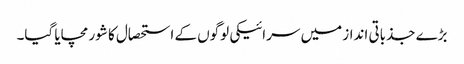
بڑے جذباتی انداز میں سرائیکی لوگوں کے استحصال کا شور مچایا گیا۔